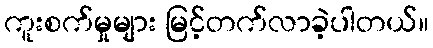
ကူးစက်မှုများ မြင့်တက်လာခဲ့ပါတယ်။